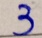
3